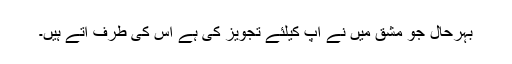
بہرحال جو مشق میں نے آپ کیلئے تجویز کی ہے اس کی طرف آتے ہیں۔